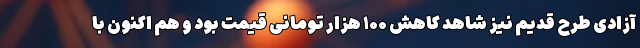
آزادی طرح قدیم نیز شاهد کاهش ۱۰۰ هزار تومانی قیمت بود و هم اکنون با